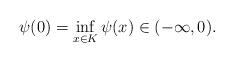
LaTeX: \begin{align*}\psi(0) = \inf_{x \in K} \psi(x) \in (-\infty, 0). \end{align*}